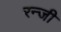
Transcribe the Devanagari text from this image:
रन्जी